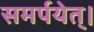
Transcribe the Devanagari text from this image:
समर्पयेत्।